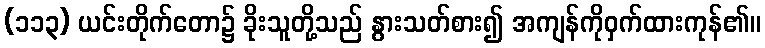
(၁၁၃) ယင်းတိုက်တော၌ ခိုးသူတို့သည် နွားသတ်စား၍ အကျန်ကိုဝှက်ထားကုန်၏။